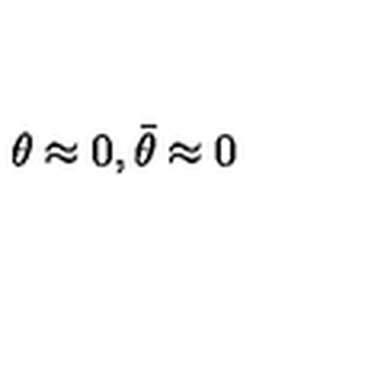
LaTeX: \theta \approx 0 , \bar { \theta } \approx 0